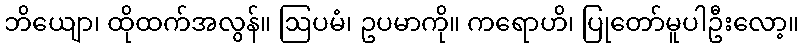
ဘိယျော၊ ထိုထက်အလွန်။ ဩပမံ၊ ဥပမာကို။ ကရောဟိ၊ ပြုတော်မူပါဦးလော့။